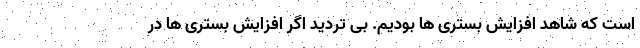
است که شاهد افزایش بستری ها بودیم. بی تردید اگر افزایش بستری ها در